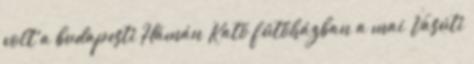
volt a budapesti Hámán Kató fűtőházban a mai Vasúti